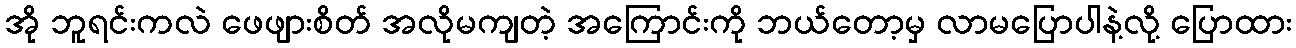
အို ဘူရင်းကလဲ ဖေဖျားစိတ် အလိုမကျတဲ့ အကြောင်းကို ဘယ်တော့မှ လာမပြောပါနဲ့လို့ ပြောထား